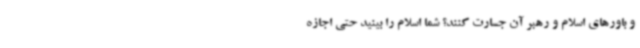
و باورهای اسلام و رهبر آن جسارت کنند؟ شما اسلام را بینید حتی اجازه